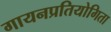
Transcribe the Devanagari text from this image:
गायनप्रतियोगिता